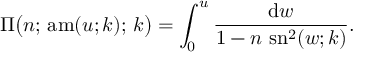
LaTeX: \Pi { \bigl ( } n ; \, \operatorname { a m } ( u ; k ) ; \, k { \bigr ) } = \int _ { 0 } ^ { u } { \frac { \mathrm { d } w } { 1 - n \, \operatorname { s n } ^ { 2 } ( w ; k ) } } .